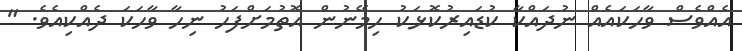
އެއްވެސް ވާހަކައެއް ނުދައްކާ ކުޑައިރުކޮޅަކު ހިމޭނުން އޮތުމަށްފަހު ނިހާ ވާހަކަ ދެއްކިއެވެ. "